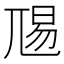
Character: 𭕏